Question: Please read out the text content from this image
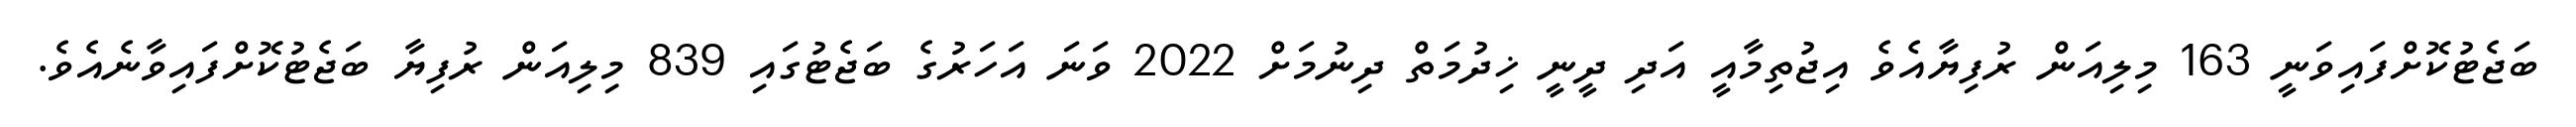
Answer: ބަޖެޓުކޮށްފައިވަނީ 163 މިލިއަން ރުފިޔާއެވެ އިޖުތިމާއީ އަދި ދީނީ ޚިދުމަތް ދިނުމަށް 2022 ވަނަ އަހަރުގެ ބަޖެޓުގައި 839 މިލިއަން ރުފިޔާ ބަޖެޓުކޮށްފައިވާނެއެވެ.